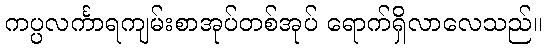
ကပ္ပလင်္ကာရကျမ်းစာအုပ်တစ်အုပ် ရောက်ရှိလာလေသည်။